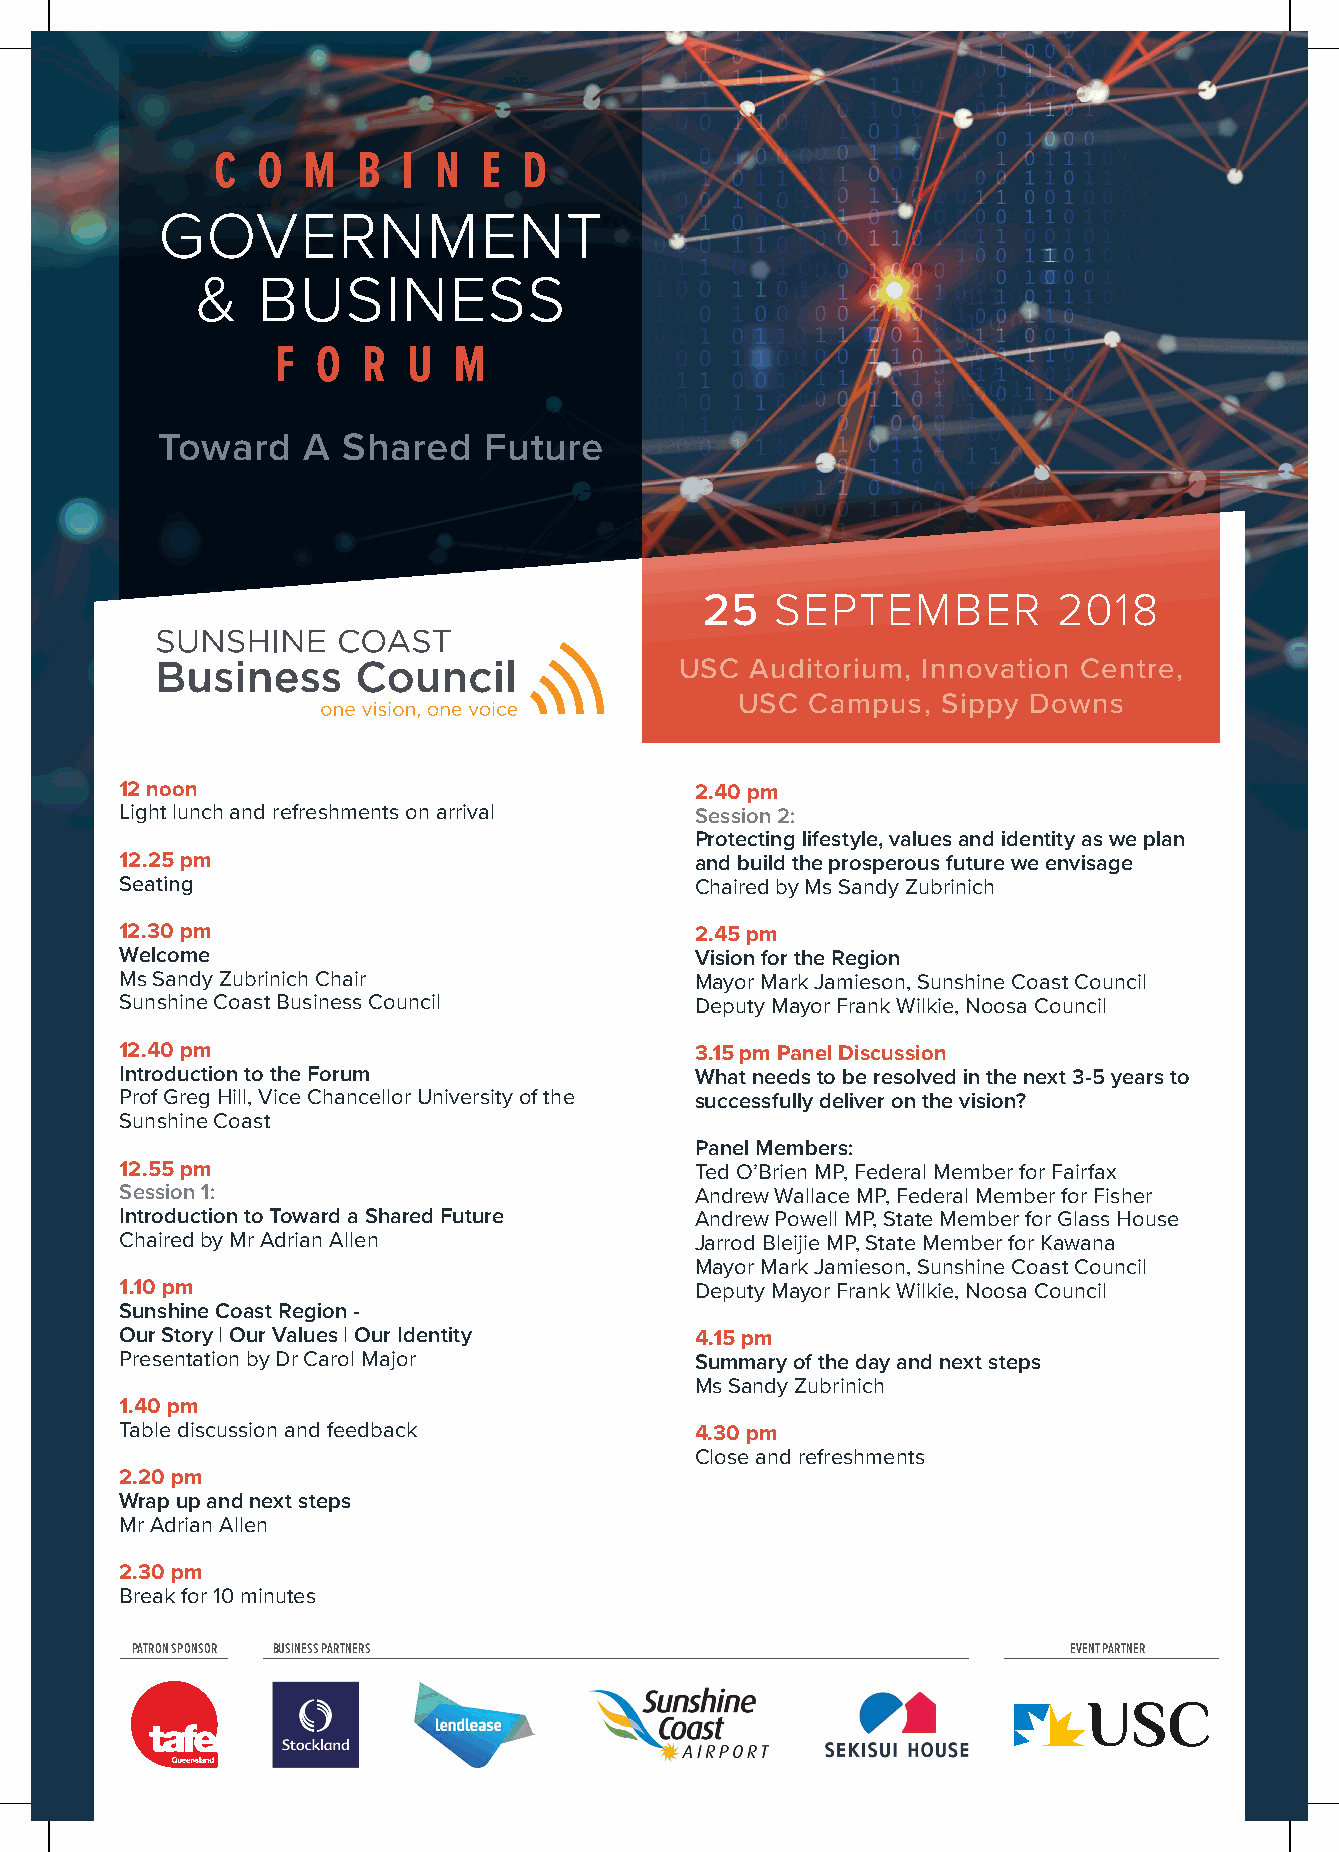
C  O  M   B  I N  E  D
 GOVERNMENT
 &   BUSINESS
 F  O  R  U  M
 Toward    A  Shared   Future
 25  SEPTEMBER          2018
 USC  Auditorium, Innovation Centre,
 USC  Campus, Sippy Downs
 12 noon                               2.40 pm
 Light lunch and refreshments on arrival Session 2:
 Protecting lifestyle, values and identity as we plan
 12.25 pm                              and build the prosperous future we envisage
 Seating                               Chaired by Ms Sandy Zubrinich
 12.30 pm                              2.45 pm
 Welcome                               Vision for the Region
 Ms Sandy Zubrinich Chair              Mayor Mark Jamieson, Sunshine Coast Council
 Sunshine Coast Business Council       Deputy Mayor Frank Wilkie, Noosa Council
 12.40 pm                              3.15 pm Panel Discussion
 Introduction to the Forum             What needs to be resolved in the next 3-5 years to
 Prof Greg Hill, Vice Chancellor University of the successfully deliver on the vision?
 Sunshine Coast
 Panel Members:
 12.55 pm                              Ted O’Brien MP, Federal Member for Fairfax
 Session 1:                            Andrew Wallace MP, Federal Member for Fisher
 Introduction to Toward a Shared Future Andrew Powell MP, State Member for Glass House
 Chaired by Mr Adrian Allen            Jarrod Bleijie MP, State Member for Kawana
 Mayor Mark Jamieson, Sunshine Coast Council
 1.10 pm                               Deputy Mayor Frank Wilkie, Noosa Council
 Sunshine Coast Region -
 Our Story | Our Values | Our Identity 4.15 pm
 Presentation by Dr Carol Major        Summary of the day and next steps
 Ms Sandy Zubrinich
 1.40 pm
 Table discussion and feedback         4.30 pm
 Close and refreshments
 2.20 pm
 Wrap up and next steps
 Mr Adrian Allen
 2.30 pm
 Break for 10 minutes
 PATRON SPONSOR BUSINESS PARTNERS                              EVENT PARTNER